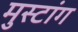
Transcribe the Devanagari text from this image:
मुस्टांग